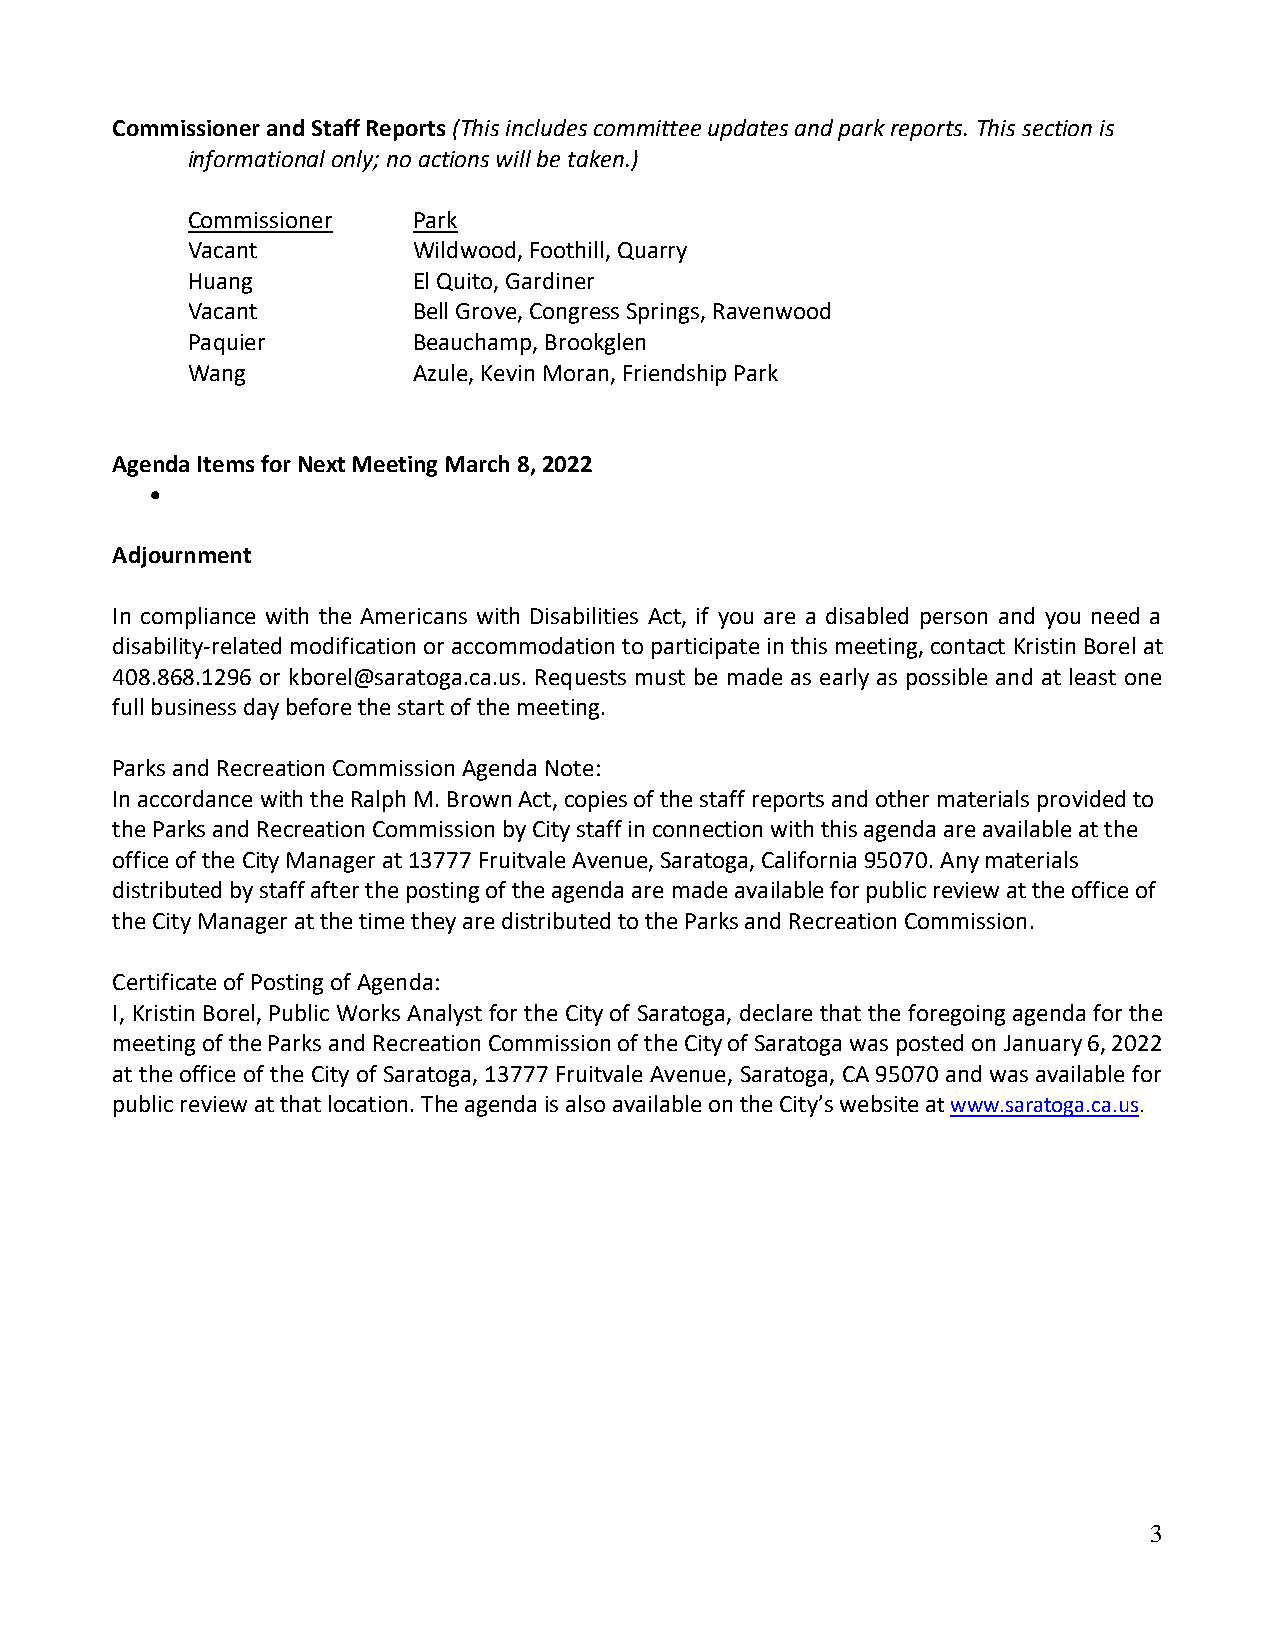
Commissioner and Staff Reports (This includes committee updates and park reports. This section is
 informational only; no actions will be taken.)
 Commissioner   Park
 Vacant         Wildwood, Foothill, Quarry
 Huang          El Quito, Gardiner
 Vacant         Bell Grove, Congress Springs, Ravenwood
 Paquier        Beauchamp, Brookglen
 Wang           Azule, Kevin Moran, Friendship Park
 Agenda Items for Next Meeting March 8, 2022
 •
 Adjournment
 In compliance with the Americans with Disabilities Act, if you are a disabled person and you need a
 disability-related modification or accommodation to participate in this meeting, contact Kristin Borel at
 408.868.1296 or kborel@saratoga.ca.us. Requests must be made as early as possible and at least one
 full business day before the start of the meeting.
 Parks and Recreation Commission Agenda Note:
 In accordance with the Ralph M. Brown Act, copies of the staff reports and other materials provided to
 the Parks and Recreation Commission by City staff in connection with this agenda are available at the
 office of the City Manager at 13777 Fruitvale Avenue, Saratoga, California 95070. Any materials
 distributed by staff after the posting of the agenda are made available for public review at the office of
 the City Manager at the time they are distributed to the Parks and Recreation Commission.
 Certificate of Posting of Agenda:
 I, Kristin Borel, Public Works Analyst for the City of Saratoga, declare that the foregoing agenda for the
 meeting of the Parks and Recreation Commission of the City of Saratoga was posted on January 6, 2022
 at the office of the City of Saratoga, 13777 Fruitvale Avenue, Saratoga, CA 95070 and was available for
 public review at that location. The agenda is also available on the City’s website at www.saratoga.ca.us.
 3